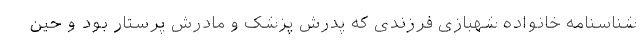
شناسنامه خانواده شهبازی فرزندی که پدرش پزشک و مادرش پرستار بود و حین